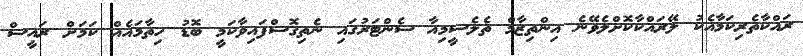
ރައްކާތެރިކަމާއެކު ލޭރައްކާކޮށްލެވޭނެ އިންތިޒާމް ތެލެސީމިއާ ސެންޓަރުގައި ނެތިގޮސްފައިވާކަމީ ބޮޑު ހިތާމައެއް ކަމަށް ރައީސް